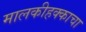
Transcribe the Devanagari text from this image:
मालकीहक्काचा